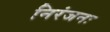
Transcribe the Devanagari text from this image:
निरंजनः